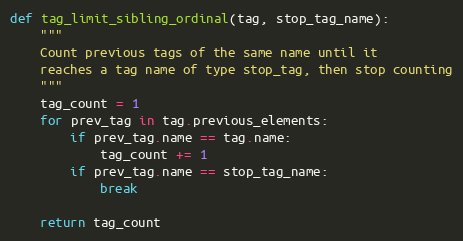
Language: Python
def tag_limit_sibling_ordinal(tag, stop_tag_name):
    """
    Count previous tags of the same name until it
    reaches a tag name of type stop_tag, then stop counting
    """
    tag_count = 1
    for prev_tag in tag.previous_elements:
        if prev_tag.name == tag.name:
            tag_count += 1
        if prev_tag.name == stop_tag_name:
            break

    return tag_count